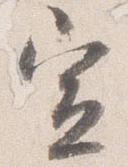
宣